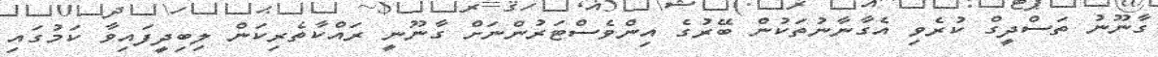
ގާނޫނު ތަސްދީގް ކުރެވި އެގާނާނުތަކުން ބޭރުގެ އިންވެސްޓަރުންނަށް ގާނޫނީ ރައްކާތެރިކަން ލިބިދީފައިވާ ކަމުގައި